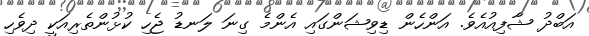
އަބްދު ޝާފިއުއެވެ. އަންހެން ޑިވިޝަންގައި އެންމެ ގިނަ ލަނޑު ޖެހި ކުޅުންތެރިއަކީ ދިވެހި